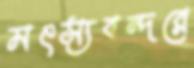
মৎস্যবন্দরে